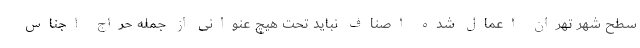
سطح شهر تهران اعمال شده اصناف نباید تحت هیچ عنوانی از جمله حراج اجناس